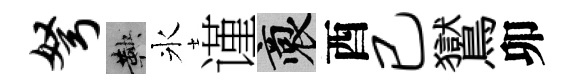
弩鞅氷谨裔酉已鸑卯